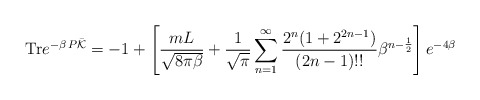
\begin{align*}{\rm Tr} e^{-\beta\,P \bar{\cal K}}=-1+\left[\frac{mL}{\sqrt{8\pi \beta}}+\frac{1}{\sqrt{\pi}}\sum_{n=1}^\infty \frac{2^{n}(1+2^{2n-1})}{(2n-1)!!}\beta^{n-\frac{1}{2}}\right]e^{-4 \beta}\end{align*}